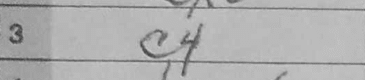
Transcription: c4